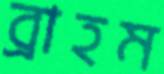
ব্রাহম